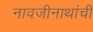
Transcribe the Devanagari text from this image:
नावजीनाथांची